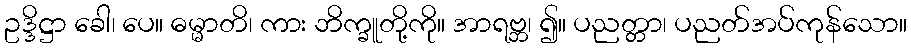
ဥဒ္ဒိဋ္ဌာ ခေါ၊ ပေ။ ဓမ္မာတိ၊ ကား ဘိက္ခူတို့ကို။ အာရဗ္ဘ၊ ၍။ ပညတ္တာ၊ ပညတ်အပ်ကုန်သော။